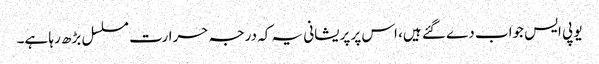
یو پی ایس جواب دے گئے ہیں، اس پر پریشانی یہ کہ درجہ حرارت مسلسل بڑھ رہا ہے۔